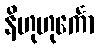
နိဟုဟုင်္ကော